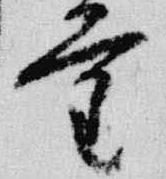
量